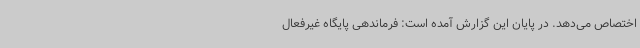
اختصاص می‌دهد. در پایان این گزارش آمده است: فرماندهی پایگاه غیرفعال